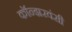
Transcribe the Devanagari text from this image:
कॉन्झरवंसी